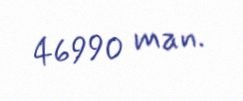
46990 man.